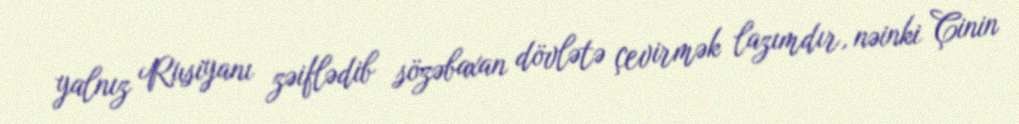
yalnız Rusiyanı zəiflədib sözəbaxan dövlətə çevirmək lazımdır, nəinki Çinin